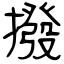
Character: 撥